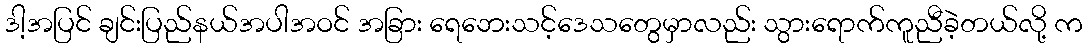
ဒါ့အပြင် ချင်းပြည်နယ်အပါအဝင် အခြား ရေဘေးသင့်ဒေသတွေမှာလည်း သွားရောက်ကူညီခဲ့တယ်လို့ က